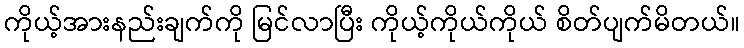
ကိုယ့်အားနည်းချက်ကို မြင်လာပြီး ကိုယ့်ကိုယ်ကိုယ် စိတ်ပျက်မိတယ်။